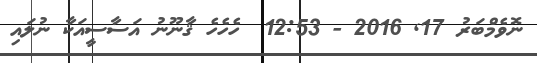
ނޮވެމްބަރު 17